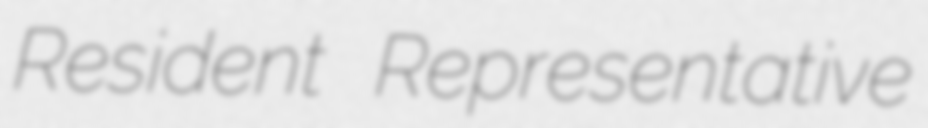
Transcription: Resident Representative